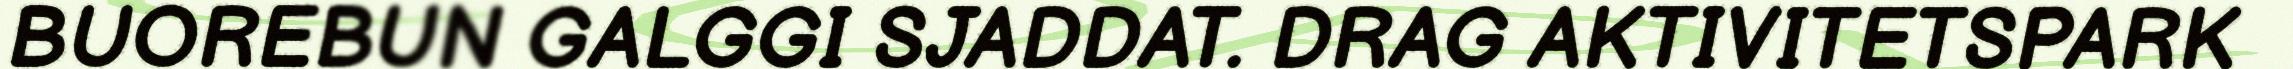
BUOREBUN GALGGI SJADDAT. DRAG AKTIVITETSPARK